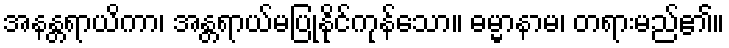
အနန္တရာယိကာ၊ အန္တရာယ်မပြုနိုင်ကုန်သော။ ဓမ္မာနာမ၊ တရားမည်၏။